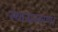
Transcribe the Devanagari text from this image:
स्थानान्तरण।